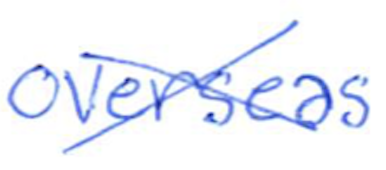
Text: overseas
Cross-out: cross
Writing tool: ballpoint